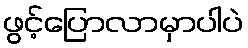
ဖွင့်ပြောလာမှာပါပဲ